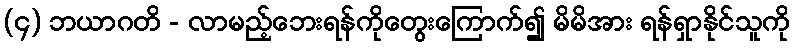
(၄) ဘယာဂတိ - လာမည့်ဘေးရန်ကိုတွေးကြောက်၍ မိမိအား ရန်ရှာနိုင်သူကို